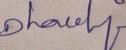
Signature authenticity: genuine